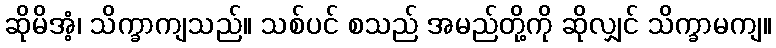
ဆိုမိအံ့၊ သိက္ခာကျသည်။ သစ်ပင် စသည် အမည်တို့ကို ဆိုလျှင် သိက္ခာမကျ။